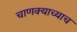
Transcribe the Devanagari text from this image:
चाणक्याच्याच